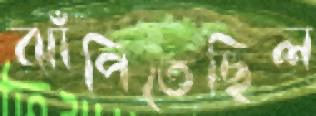
ঝাঁপিতেছিল